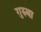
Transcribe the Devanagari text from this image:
गुरुबा